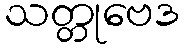
သတ္တုဗေဒ